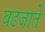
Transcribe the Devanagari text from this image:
बढजाते